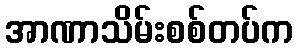
အာဏာသိမ်းစစ်တပ်က